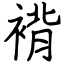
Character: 褙